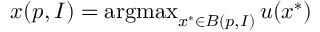
x ( p , I ) = \operatorname { a r g m a x } _ { x ^ { * } \in B ( p , I ) } u ( x ^ { * } )